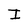
Character: I